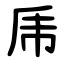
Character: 乕